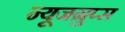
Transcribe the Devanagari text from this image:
न्यूजग्रुप्स